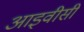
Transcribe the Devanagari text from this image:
आइवीसी